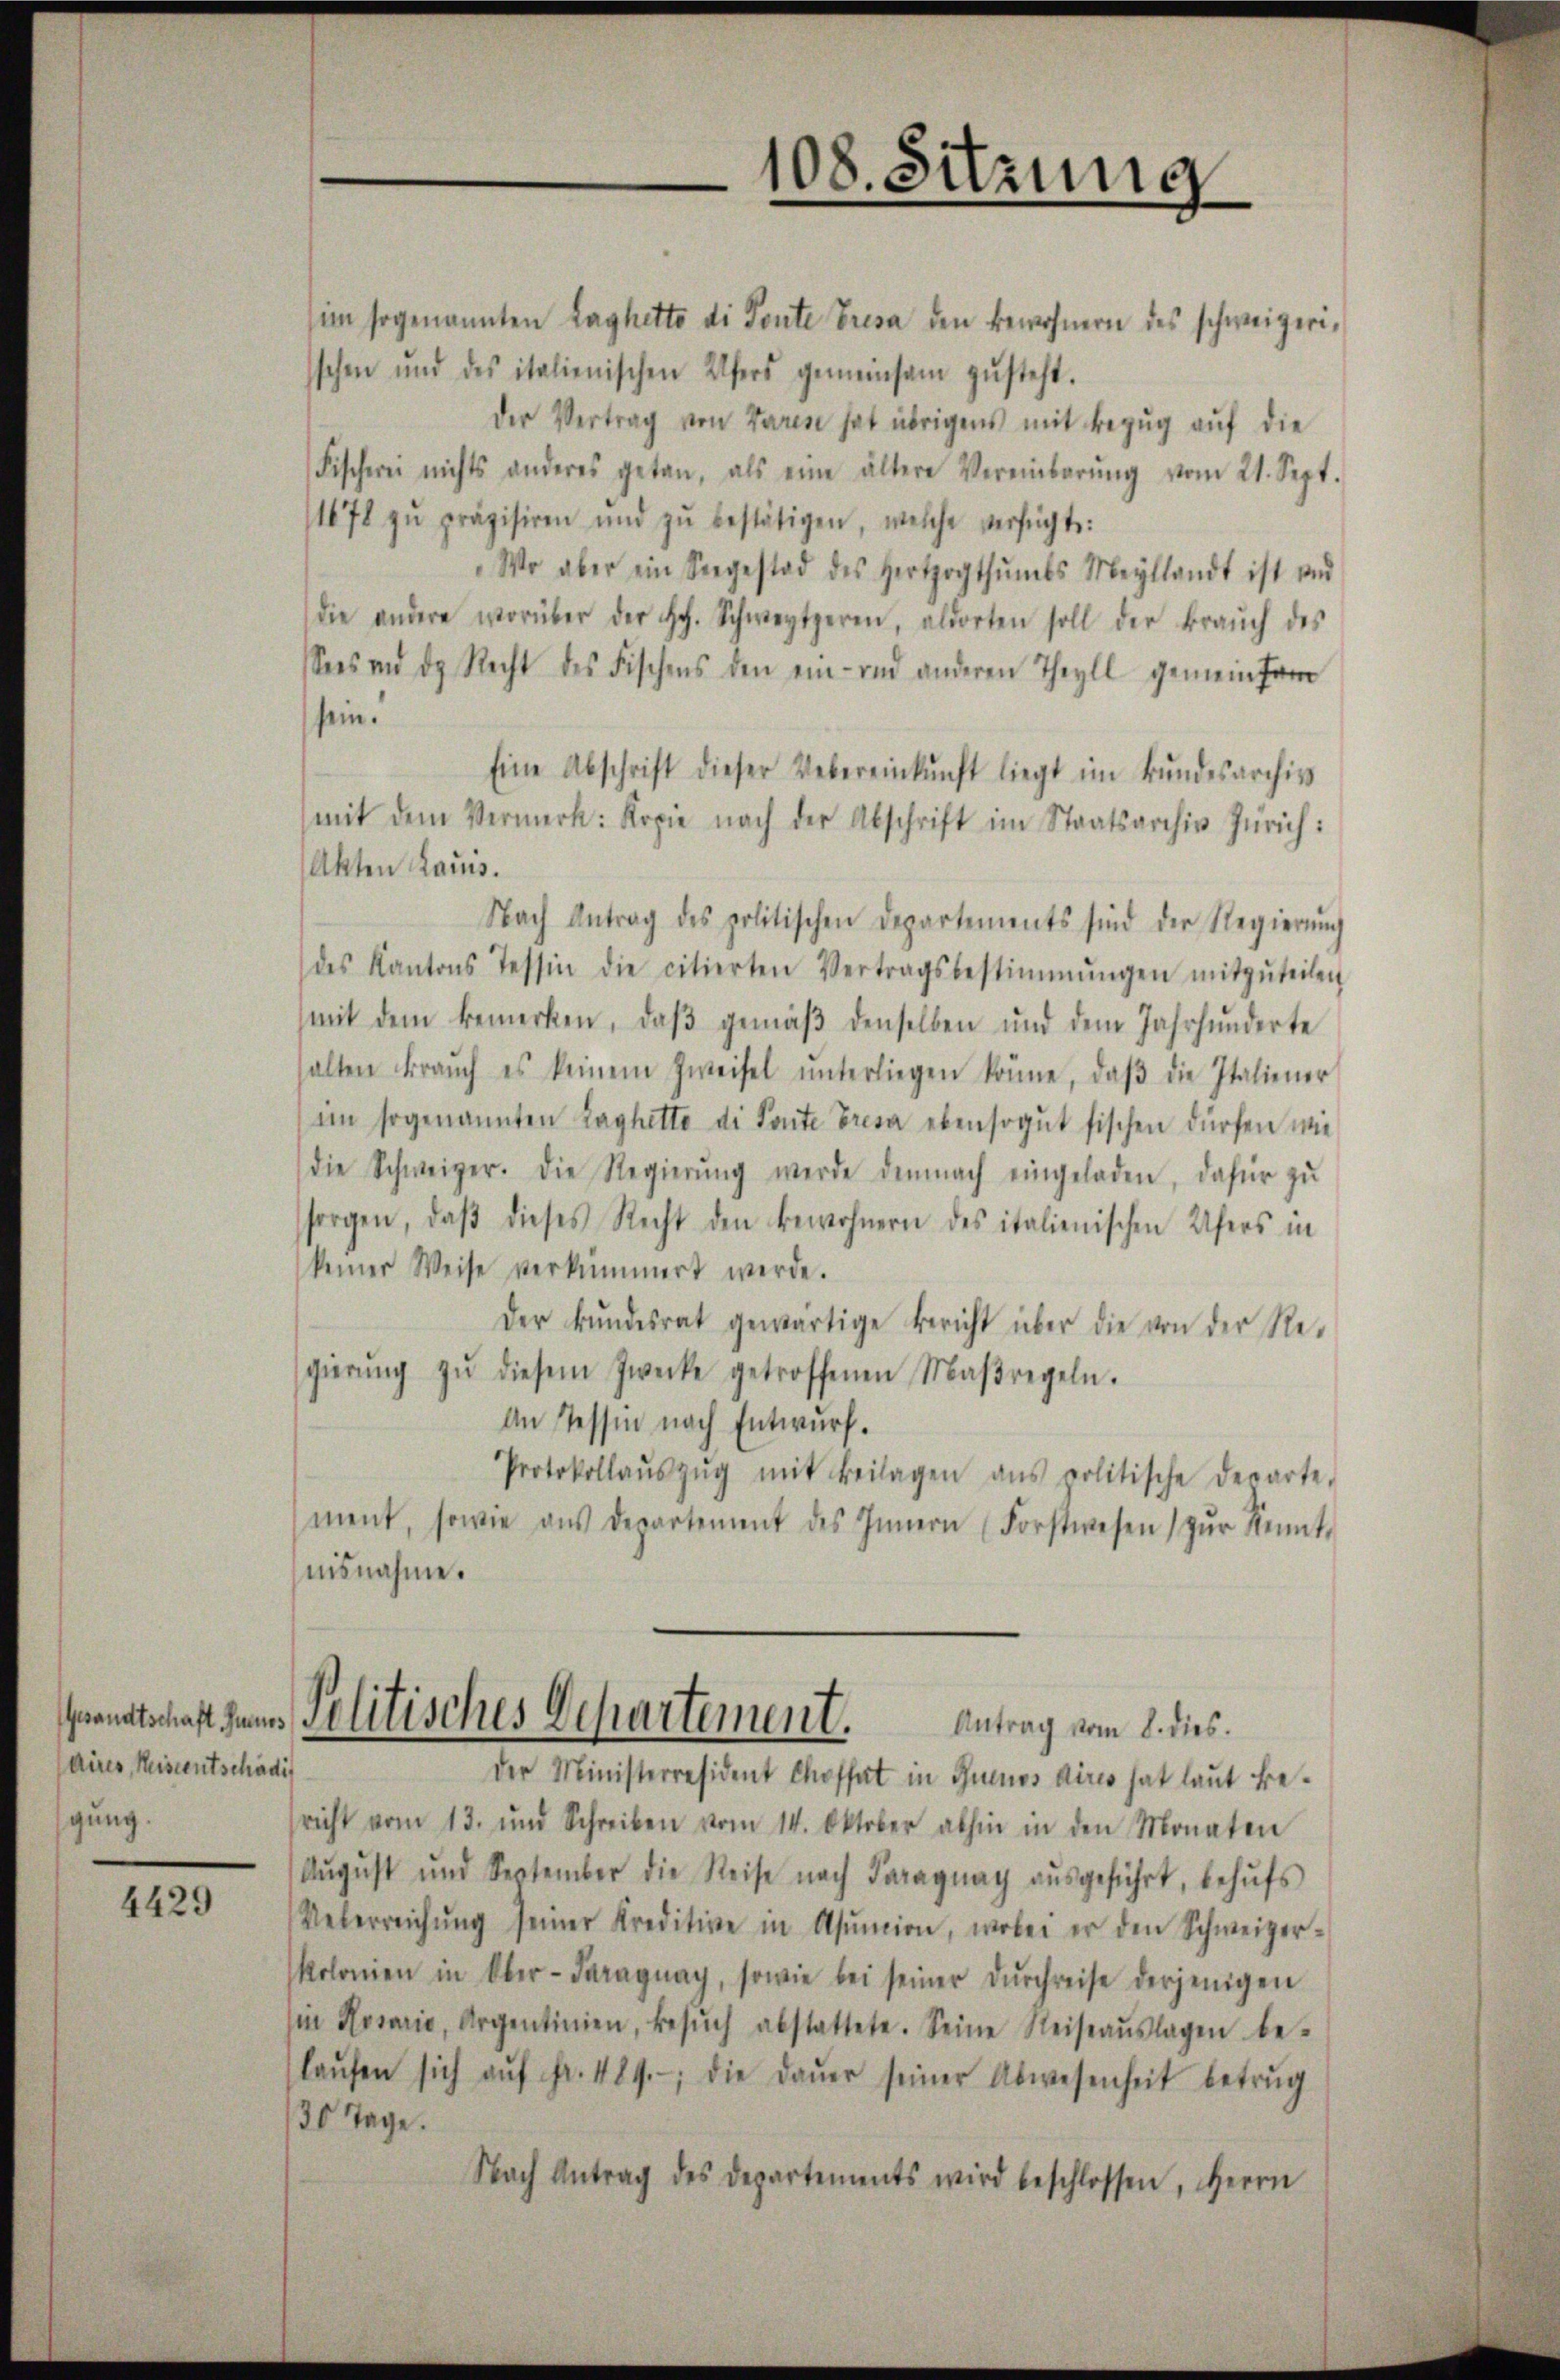
aires, Reiseentschädi
gung.

4429

im sogenannten Laghetto di Toute Presa den Bewohnern des schweizerisschen und des italienischen Ufers gemeinsam zŭsteht.
der Vertrag von Vares hat übrigens mit Bezug auf die
Fischerei nichts anderes getan, als eine ältere Vereinbarŭng vom 21. Sept.
11678 zŭ präzisiren und zŭ bestätigen, welche verfügt:
Wo aber ein Seegestod des Herzogthumbs Meyllandt ist und
die andere worüber der Hch. Schwertzeren, aldorten soll der Brauch des
Sees und ds Recht des Fischens den ein- und anderen Theyll gemeinsam
sein.
Eine Abschrift dieser Uebereinkunft liegt im Bundesarchiv
mit dem Vermerk: Kopie nach der Abschrift im Staatsarchiv Zürich:
Akten Laus.
Nach Antrag des politischen Departements sind der Regierŭng
des Kantons Tessin die citierten Vertragsbestimmungen mitzŭteilen
mit dem bemerken, daβ gemäβ denselben und dem Jahrhunderte
halten Fraŭch es keinem Zweifel ŭnterliegen könne, daβ die Italiener
im sogenannten Laghette di Ponte Fresa ebensogut sischen dürfen wie
die Schweizer. Die Regierŭng werde demnach eingeladen, dafür zŭ
sorgen, daβ dieses Recht den Bewohnern des italienischen Ufers in
keiner Weise verkümmert werde.
Der kundesrat gewärtige Bericht über die von der Regierŭng zŭ diesem Zwecke getroffenen Maßregeln.
An Tessin nach Entwurf.
Protokollaŭszŭg mit Beilagen ans politische Departe.
ment, sowie aŭs departement des Innern (Forstwesen zŭr Kennt-
nisnahme.
Grandtschaft zum Politisches Departement. Antrag vom 2. dies
der Ministerresident Chofhat in Buenos Aires hat laut besricht vom 13. und Schreiben vom 14. Oktober abhin in den Monaten
August und September die Reise nach Paraguay ausgeführt, behŭfs
Ueberreichŭng seiner Kreditive in Asŭnion, wobei er den Schweizerkolonien in Ober-Paraguay, sowie bei seiner dŭrchreise derjenigen
in Hosaria, Argentinien, besŭch abstattete. Seine Reiseaŭslagen be-
laŭfen sich aŭf Fr. 489. die Daŭer seiner Abwesenheit betrug
30 Tage.
Nach Antrag des Departements wird beschlossen, Herrn

108. Sitzung